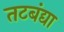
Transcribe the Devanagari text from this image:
तटबंद्या